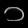
Digit: ၁